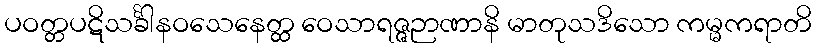
ပဝတ္တပဋိသင်္ခါနဝသေနေတ္ထ ဝေသာရဇ္ဇဉာဏာနိ မာတုသဒိသော ကမ္မကရာတိ